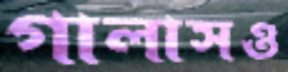
গালাসও